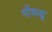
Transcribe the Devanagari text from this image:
गोंधळू